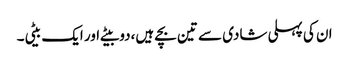
ان کی پہلی شادی سے تین بچے ہیں،دو بیٹے اور ایک بیٹی۔